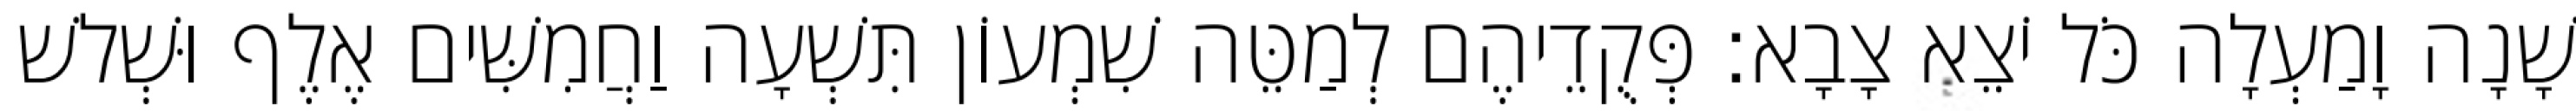
שָׁנָה וָמַעְלָה כֹּל יֹצֵא צָבָא׃ פְּקֻדֵיהֶם לְמַטֵּה שִׁמְעוֹן תִּשְׁעָה וַחֲמִשִּׁים אֶלֶף וּשְׁלשׁ